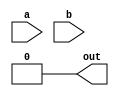
module xnor_dataflow_gate (a, b, out); 
	
	input a, b;

	output out;

	assign out = (a||b)&&!(a||b);

endmodule